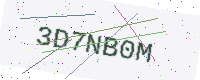
Text: 3D7NB0M